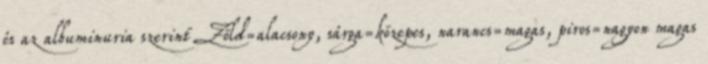
és az albuminuria szerint Zöld=alacsony, sárga=közepes, narancs=magas, piros=nagyon magas